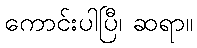
ကောင်းပါပြီ၊ ဆရာ။